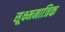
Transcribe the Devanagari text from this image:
सूक्ष्ममात्रिक